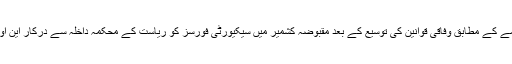
بھارتی حکومت کے نئے حکم نامے کے مطابق وفاقی قوانین کی توسیع کے بعد مقبوضہ کشمیر میں سیکیورٹی فورسز کو ریاست کے محکمہ داخلہ سے درکار این او سی کی ضرورت نہیں رہے گی۔